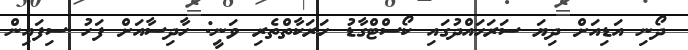
ދޯނި އަޑިއަށް ދިޔަ ސަރަހައްދުގައި ކޯސްޓްގާޑު ހަރަކާތްތެރި ވަނީ: ހާދިސާއަށް ފަހު ސިފައިން